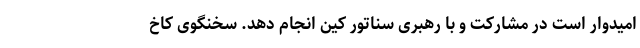
امیدوار است در مشارکت و با رهبری سناتور کین انجام دهد. سخنگوی کاخ